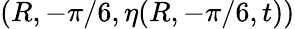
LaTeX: (R,-\pi/6,\eta(R,-\pi/6,t))